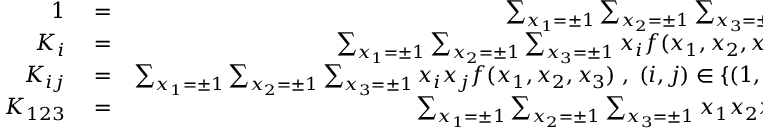
\begin{array} { r l r } { 1 } & { { } = } & { \sum _ { x _ { 1 } = \pm 1 } \sum _ { x _ { 2 } = \pm 1 } \sum _ { x _ { 3 } = \pm 1 } f ( x _ { 1 } , x _ { 2 } , x _ { 3 } ) \; , } \\ { K _ { i } } & { { } = } & { \sum _ { x _ { 1 } = \pm 1 } \sum _ { x _ { 2 } = \pm 1 } \sum _ { x _ { 3 } = \pm 1 } x _ { i } f ( x _ { 1 } , x _ { 2 } , x _ { 3 } ) \; , \; i \in \{ 1 , 2 , 3 \} \; , } \\ { K _ { i j } } & { { } = } & { \sum _ { x _ { 1 } = \pm 1 } \sum _ { x _ { 2 } = \pm 1 } \sum _ { x _ { 3 } = \pm 1 } x _ { i } x _ { j } f ( x _ { 1 } , x _ { 2 } , x _ { 3 } ) \; , \; ( i , j ) \in \{ ( 1 , 2 ) , ( 1 , 3 ) , ( 2 , 3 ) \} \; , } \\ { K _ { 1 2 3 } } & { { } = } & { \sum _ { x _ { 1 } = \pm 1 } \sum _ { x _ { 2 } = \pm 1 } \sum _ { x _ { 3 } = \pm 1 } x _ { 1 } x _ { 2 } x _ { 3 } f ( x _ { 1 } , x _ { 2 } , x _ { 3 } ) \; , } \end{array}